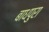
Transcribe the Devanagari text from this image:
बाधपुरा